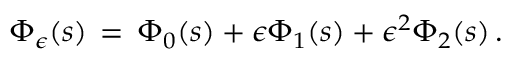
\Phi _ { \epsilon } ( s ) \, = \, \Phi _ { 0 } ( s ) + \epsilon \Phi _ { 1 } ( s ) + \epsilon ^ { 2 } \Phi _ { 2 } ( s ) \, .